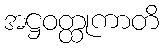
အဋ္ဌဝတ္ထုကာတိ